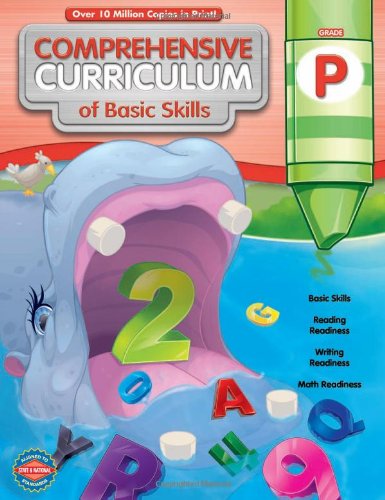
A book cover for Comprehensive Curriculum of Basic Skills, Grade P; Education & Teaching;